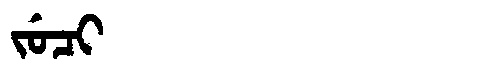
Manchu: ᠵᡠᠴᡳ
Romanization: JUCI